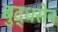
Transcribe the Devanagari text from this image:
बुद्धसेन